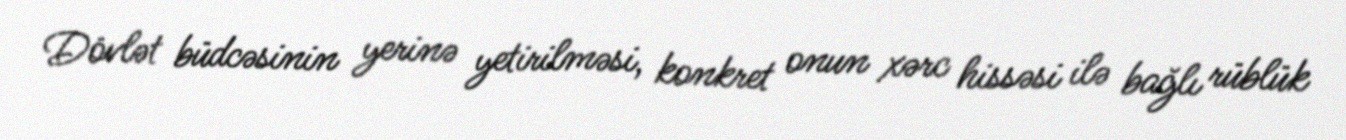
Dövlət büdcəsinin yerinə yetirilməsi, konkret onun xərc hissəsi ilə bağlı rüblük